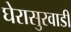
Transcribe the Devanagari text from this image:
घेरासुरवाडी